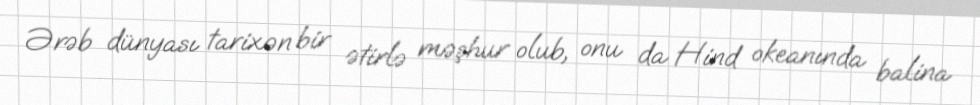
Ərəb dünyası tarixən bir ətirlə məşhur olub, onu da Hind okeanında balina